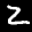
Label: 2